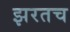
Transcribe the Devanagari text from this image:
झरतच